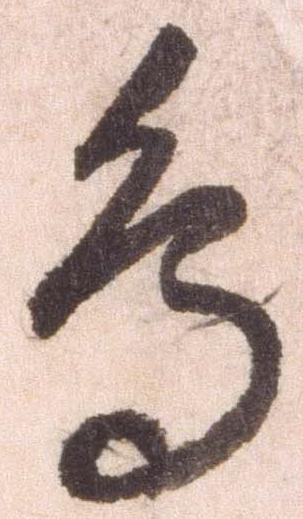
鳥